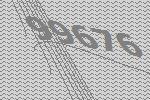
99676